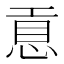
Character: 𢜊